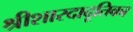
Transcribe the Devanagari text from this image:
श्रीशारदादूतिका